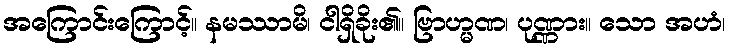
အကြောင်းကြောင့်။ နမဿာမိ၊ ငါရှိခိုး၏။ ဗြာဟ္မဏ၊ ပုဏ္ဏား။ သော အဟံ၊